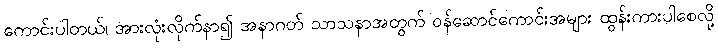
ကောင်းပါတယ်၊ အားလုံးလိုက်နာ၍ အနာဂတ် သာသနာအတွက် ဝန်ဆောင်ကောင်းအများ ထွန်းကားပါစေလို့